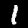
Label: 1